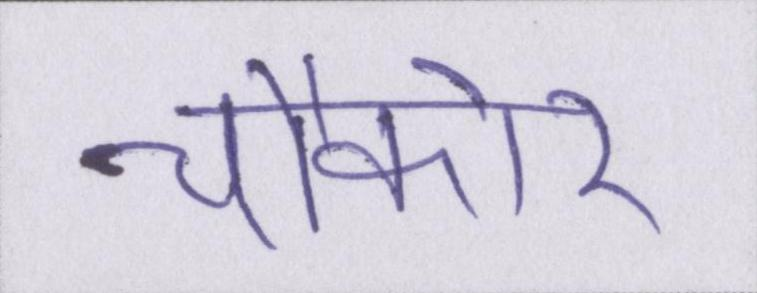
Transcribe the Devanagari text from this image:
चौकोर